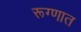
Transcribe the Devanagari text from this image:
रूग्णात